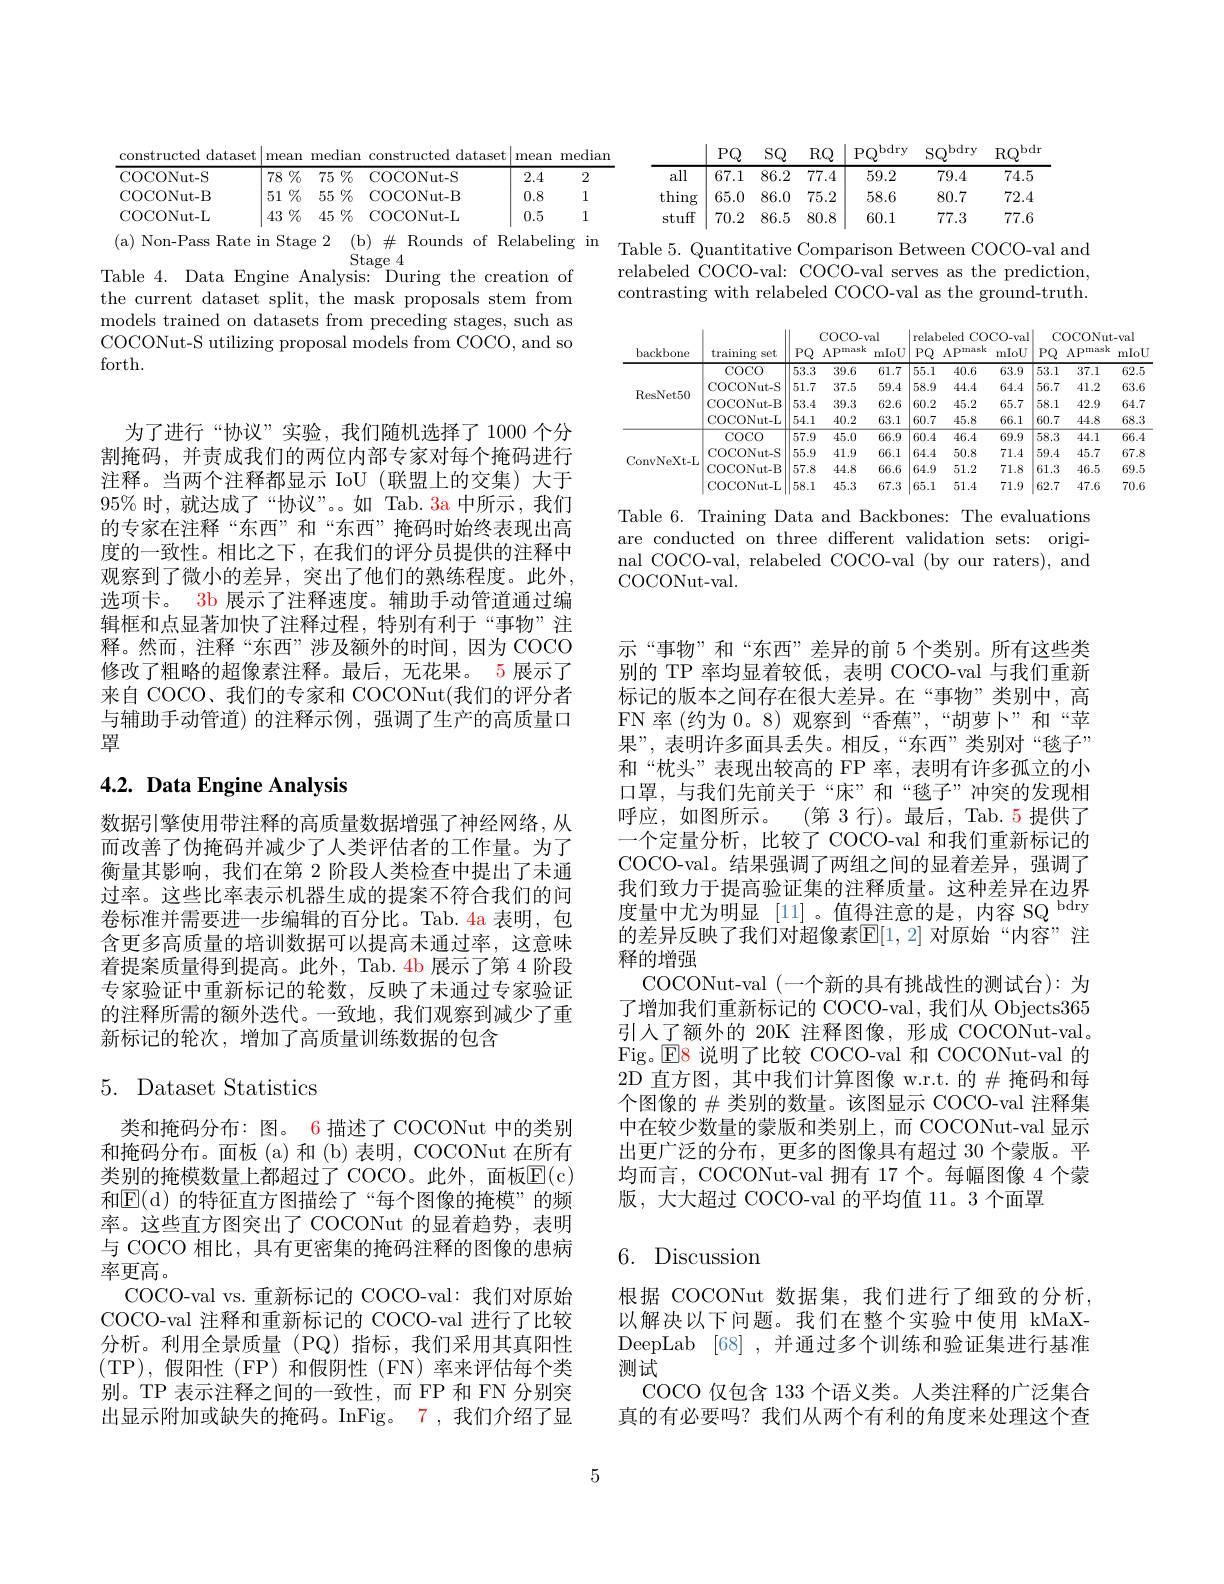
<table>
	<tbody>
		<tr>
			<th>constructed dataset</th>
			<th>mear</th>
			<th>mec</th>
			<th>zdian</th>
			<th>constructed dataset</th>
			<th>mean</th>
			<th>mediar</th>
		</tr>
		<tr>
			<td>COCONut-S</td>
			<td>$\%$ 78</td>
			<td>75</td>
			<td>$\%$ 5</td>
			<td>COCONut-S</td>
			<td>2.4</td>
			<td>2</td>
		</tr>
		<tr>
			<td>COCONut-B</td>
			<td>$\%$ 51</td>
			<td>55</td>
			<td>$\%$ 5</td>
			<td>COCONut- B</td>
			<td>0.8</td>
			<td>1</td>
		</tr>
		<tr>
			<td>COCONut-L</td>
			<td>43 T</td>
			<td>45</td>
			<td>$\%$ 5</td>
			<td>COCONut-L</td>
			<td>0.5</td>
			<td>1</td>
		</tr>
	</tbody>
</table>

Stage
Table 4. Data Engine Analysis: During the creation of the current dataset split, the mask proposals stem from models trained on datasets from preceding stages, such as COCONut-S utilizing proposal models from COCO, and so forth.

为了进行“协议”实验，我们随机选择了1000个分割掩码，并责成我们的两位内部专家对每个掩码进行注释。当两个注释都显示 IoU (联盟上的交集) 大于95% 时，就达成了“协议”。如 Tab. 3a 中所示，我们的专家在注释“东西”和“东西”掩码时始终表现出高度的一致性。相比之下，在我们的评分员提供的注释中观察到了微小的差异，突出了他们的熟练程度。此外， 选项卡。3b 展示了注释速度。辅助手动管道通过编辑框和点显著加快了注释过程，特别有利于“事物”注释。然而，注释“东西”涉及额外的时间，因为 COCO 修改了粗略的超像素注释。最后，无花果。5 展示了来自 COCO、我们的专家和 COCONut(我们的评分者与辅助手动管道)的注释示例，强调了生产的高质量口罩

# 4.2. Data Engine Analysis

数据引擎使用带注释的高质量数据增强了神经网络，从而改善了伪掩码并减少了人类评估者的工作量。为了衡量其影响，我们在第 2 阶段人类检查中提出了未通过率。这些比率表示机器生成的提案不符合我们的问卷标准并需要进一步编辑的百分比。Tab. 4a 表明，包含更多高质量的培训数据可以提高未通过率，这意味着提案质量得到提高。此外，Tab. 4b 展示了第 4 阶段专家验证中重新标记的轮数，反映了未通过专家验证的注释所需的额外迭代。一致地，我们观察到减少了重新标记的轮次，增加了高质量训练数据的包含

# 5. Dataset Statistics

类和掩码分布：图。6 描述了 COCONut 中的类别和掩码分布。面板 (a) 和 (b) 表明，COCONut 在所有类别的掩模数量上都超过了 COCO。此外，面板E( c) 和$\overline{\mathrm{E}}($d)的特征直方图描绘了“每个图像的掩模”的频率。这些直方图突出了 COCONut 的显着趋势，表明与 COCO 相比，具有更密集的掩码注释的图像的患病率更高。
COCO-val vs.重新标记的 COCO-val:我们对原始COCO-val 注释和重新标记的 COCO-val 进行了比较分析。利用全景质量(PQ)指标，我们采用其真阳性(TP),假阳性(FP)和假阴性(FN)率来评估每个类别。TP 表示注释之间的一致性，而 FP 和 FN 分别突出显示附加或缺失的掩码。InFig。7,我们介绍了显

5

$\mid$PQ SQ RQ$\mid$PQ$^\mathrm{bdry}$ SQ$^\mathrm{bdry}$ RQ$^\mathrm{bdr}$
$\begin{array}{c|ccc}{\mathrm{all}}&{67.1}&{86.2}&{77.4}&{59.2}\end{array}$
79.4
74.5
thing$\left|\begin{array}{cc}65.0&86.0&75.2\\\end{array}\right|\begin{array}{cc}58.6\end{array}$
80.7
72.4
stuff$\begin{array}{ccccccc}{70.2}&{86.5}\end{array}$
77.3
77.6

Table 5. Quantitative Comparison Between COCO-val and relabeled COCO-val: COCO-val serves as the prediction, contrasting with relabeled COCO-val as the ground-truth.

<table>
	<tbody>
		<tr>
			<th rowspan="2">backbone</th>
			<th rowspan="2">training set</th>
			<th colspan="3">COCO-val</th>
			<th colspan="3">relabeled COCO- va</th>
			<th colspan="3">COCONut-val</th>
		</tr>
		<tr>
			<th>$PQ$</th>
			<th>APmask</th>
			<th>mIoU</th>
			<th>$PQ$</th>
			<th>APmask</th>
			<th>mIoU</th>
			<th>$PQ$</th>
			<th>APmask</th>
			<th>mIo$U$</th>
		</tr>
		<tr>
			<td rowspan="4">ResNet50</td>
			<td>COCO</td>
			<td>53.3</td>
			<td>39.6</td>
			<td>61.7</td>
			<td>55.1</td>
			<td>40.6</td>
			<td>63.9</td>
			<td>53.1</td>
			<td>37.1</td>
			<td>62.5</td>
		</tr>
		<tr>
			<td>COCONut-S</td>
			<td>51.7</td>
			<td>37.5</td>
			<td>59.4</td>
			<td>58.9</td>
			<td>44.4</td>
			<td>64.4</td>
			<td>56.7</td>
			<td>41.2</td>
			<td>63.6</td>
		</tr>
		<tr>
			<td>COCONut-B</td>
			<td>53.4</td>
			<td>39.3</td>
			<td>62.6</td>
			<td>60.2</td>
			<td>45.2</td>
			<td>65.7</td>
			<td>58.1</td>
			<td>42.9</td>
			<td>64.7</td>
		</tr>
		<tr>
			<td>COCONut-L</td>
			<td>54.1</td>
			<td>40.2</td>
			<td>63.1</td>
			<td>60.7</td>
			<td>45.8</td>
			<td>66.1</td>
			<td>60.7</td>
			<td>44.8</td>
			<td>68.3</td>
		</tr>
		<tr>
			<td rowspan="4">ConvNeXt-L</td>
			<td>COCO</td>
			<td>57.9</td>
			<td>45.0</td>
			<td>66.9</td>
			<td>60.4</td>
			<td>46.4</td>
			<td>69.9</td>
			<td>58.3</td>
			<td>44.1</td>
			<td>66.4</td>
		</tr>
		<tr>
			<td>COCONut-S</td>
			<td>55.9</td>
			<td>41.9</td>
			<td>66.1</td>
			<td>64.4</td>
			<td>50.8</td>
			<td>71.4</td>
			<td>59.4</td>
			<td>45.7</td>
			<td>67.8</td>
		</tr>
		<tr>
			<td>COCONut-B</td>
			<td>57.8</td>
			<td>44.8</td>
			<td>66.6</td>
			<td>64.9</td>
			<td>51.2</td>
			<td>71.8</td>
			<td>61.3</td>
			<td>46.5</td>
			<td>69.5</td>
		</tr>
		<tr>
			<td>COCONut-L</td>
			<td>58.1</td>
			<td>45.3</td>
			<td>67.3</td>
			<td>65.1</td>
			<td>51.4</td>
			<td>71.9</td>
			<td>62.7</td>
			<td>47.6</td>
			<td>70.6</td>
		</tr>
	</tbody>
</table>

Table 6. Training Data and Backbones: The evaluations are conducted on three different validation sets: original COCO-val, relabeled COCO-val (by our raters), and $\operatorname{COCONut-val}.$

示“事物”和“东西”差异的前 5个类别。所有这些类别的 TP 率均显着较低，表明 COCO-val 与我们重新标记的版本之间存在很大差异。在“事物”类别中，高FN 率 (约为 0。8)观察到“香蕉”,“胡萝卜”和“苹果”,表明许多面具丢失。相反，“东西”类别对“毯子” 和“枕头”表现出较高的 FP 率，表明有许多孤立的小口罩，与我们先前关于“床”和“毯子”冲突的发现相呼应，如图所示。(第3行)。最后，Tab.5提供了一个定量分析，比较了 COCO-val 和我们重新标记的COCO-val。结果强调了两组之间的显着差异，强调了我们致力于提高验证集的注释质量。这种差异在边界度量中尤为明显[11]。值得注意的是，内容 SQ$^{\mathrm{bdry}}$ 的差异反映了我们对超像素$\mathbb{E}[1,2]$ 对原始“内容”注释的增强
COCONut-val (一个新的具有挑战性的测试台):为了增加我们重新标记的 COCO-val, 我们从 Objects365引入了额外的 20K 注释图像，形成 COCONut-val。Fig。$\operatorname{E}$8 说明了比较 COCO-val 和 COCONut-val 的2D 直方图，其中我们计算图像 w.r.t. 的$\#$掩码和每个图像的$\#$类别的数量。该图显示 COCO-val 注释集中在较少数量的蒙版和类别上，而 COCONut-val 显示出更广泛的分布，更多的图像具有超过 30 个蒙版。平均而言，COCONut-val 拥有 17 个。每幅图像 4 个蒙版，大大超过 COCO-val 的平均值 11。3 个面罩

## 6. Discussion

根据 COCONut 数据集，我们进行了细致的分析， 以解决以下问题。我们在整个实验中使用 kMaXDeepLab [68] ,并通过多个训练和验证集进行基准测试
COCO 仅包含 133 个语义类。人类注释的广泛集合真的有必要吗？我们从两个有利的角度来处理这个查